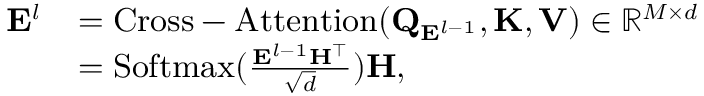
\small \begin{array} { r l } { \mathbf { E } ^ { l } } & { = \mathrm { C r o s s - A t t e n t i o n } ( \mathbf { Q } _ { \mathbf { E } ^ { l - 1 } } , \mathbf { K } , \mathbf { V } ) \in \mathbb { R } ^ { M \times d } } \\ & { = \mathrm { S o f t m a x } ( \frac { \mathbf { E } ^ { l - 1 } \mathbf { H } ^ { \top } } { \sqrt { d } } ) \mathbf { H } , } \end{array}